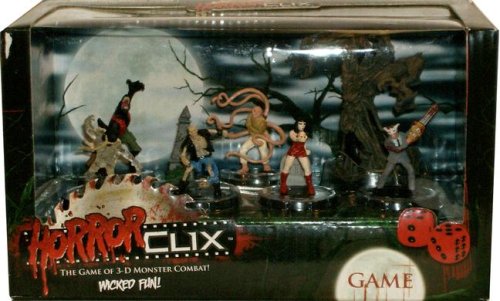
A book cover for HorrorClix Base Starter Game Set; Science Fiction & Fantasy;